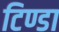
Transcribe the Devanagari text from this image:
टिण्डा